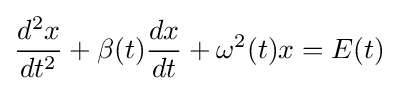
{\frac {d^{2}x}{dt^{2}}}+\beta (t){\frac {dx}{dt}}+\omega ^{2}(t)x=E(t)